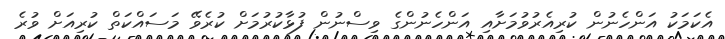
އެކަމަކު އަންހެނުން ކުރިއެރުވުމަށާއި އަންހެނުންގެ ވިސްނުން ފުޅާކުރުމަށް ކުރެވޭ މަސައްކަތް ކުރިއަށް ވުރެ